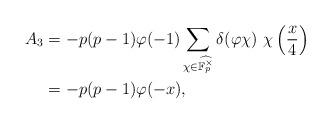
LaTeX: \begin{align*}A_3&=-p(p-1)\varphi(-1)\sum_{\chi\in\widehat{\mathbb{F}_p^\times}}\delta(\varphi\chi)~\chi\left(\frac{x}{4}\right)\\&=-p(p-1)\varphi(-x),\end{align*}